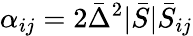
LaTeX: \alpha_{ij}=2\bar{\Delta}^{2}|\bar{S}|\bar{S}_{ij}